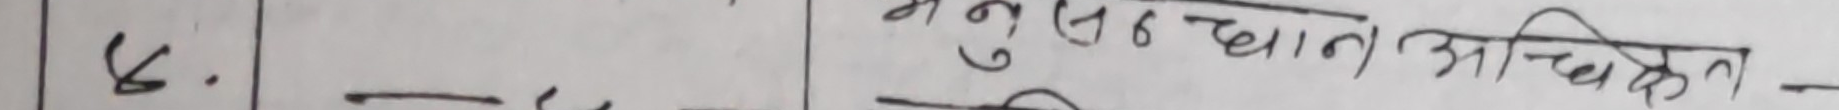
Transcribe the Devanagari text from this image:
६. अनुसन्धान अधिकृत-